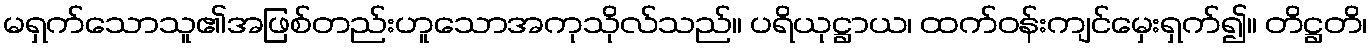
မရှက်သောသူ၏အဖြစ်တည်းဟူသောအကုသိုလ်သည်။ ပရိယုဋ္ဌာယ၊ ထက်ဝန်းကျင်မှေးရှက်၍။ တိဋ္ဌတိ၊